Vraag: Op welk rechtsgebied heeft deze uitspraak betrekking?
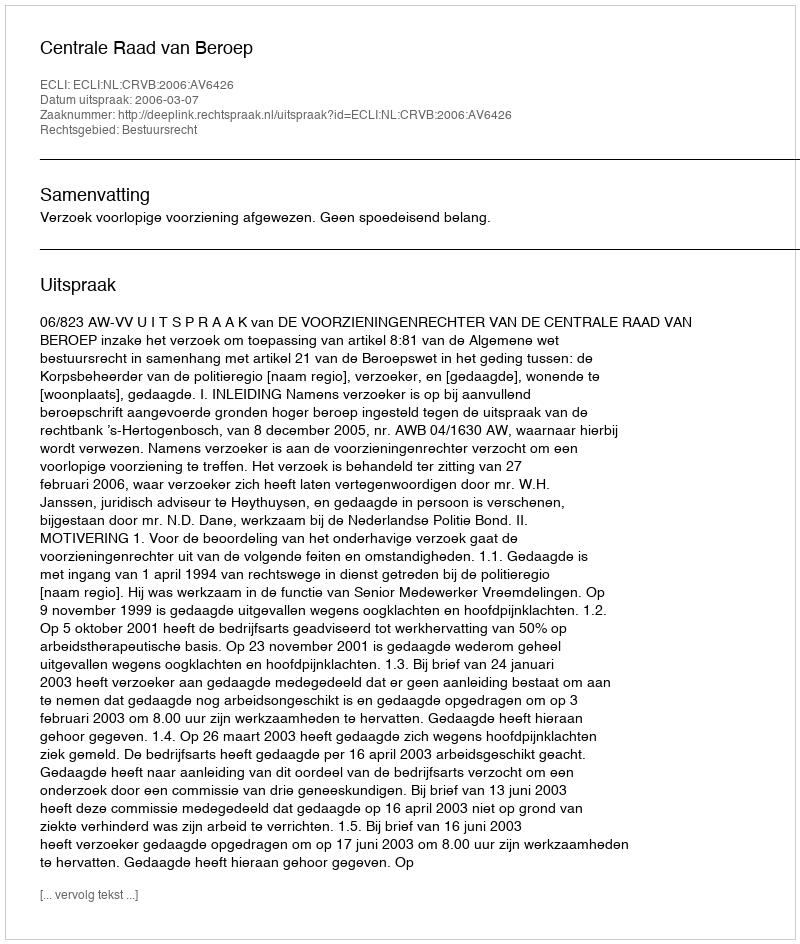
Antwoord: Bestuursrecht